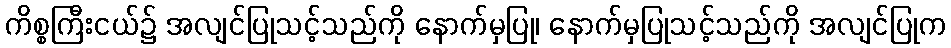
ကိစ္စကြီးငယ်၌ အလျင်ပြုသင့်သည်ကို နောက်မှပြု၊ နောက်မှပြုသင့်သည်ကို အလျင်ပြုက